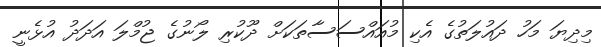
މިދިޔަ މަހު ދައުލަތުގެ އެކި މުއައްސަސާތަކަށް ދޫކުރި ލޯނުގެ ޖުމްލަ އަދަދު އުޅެނީ